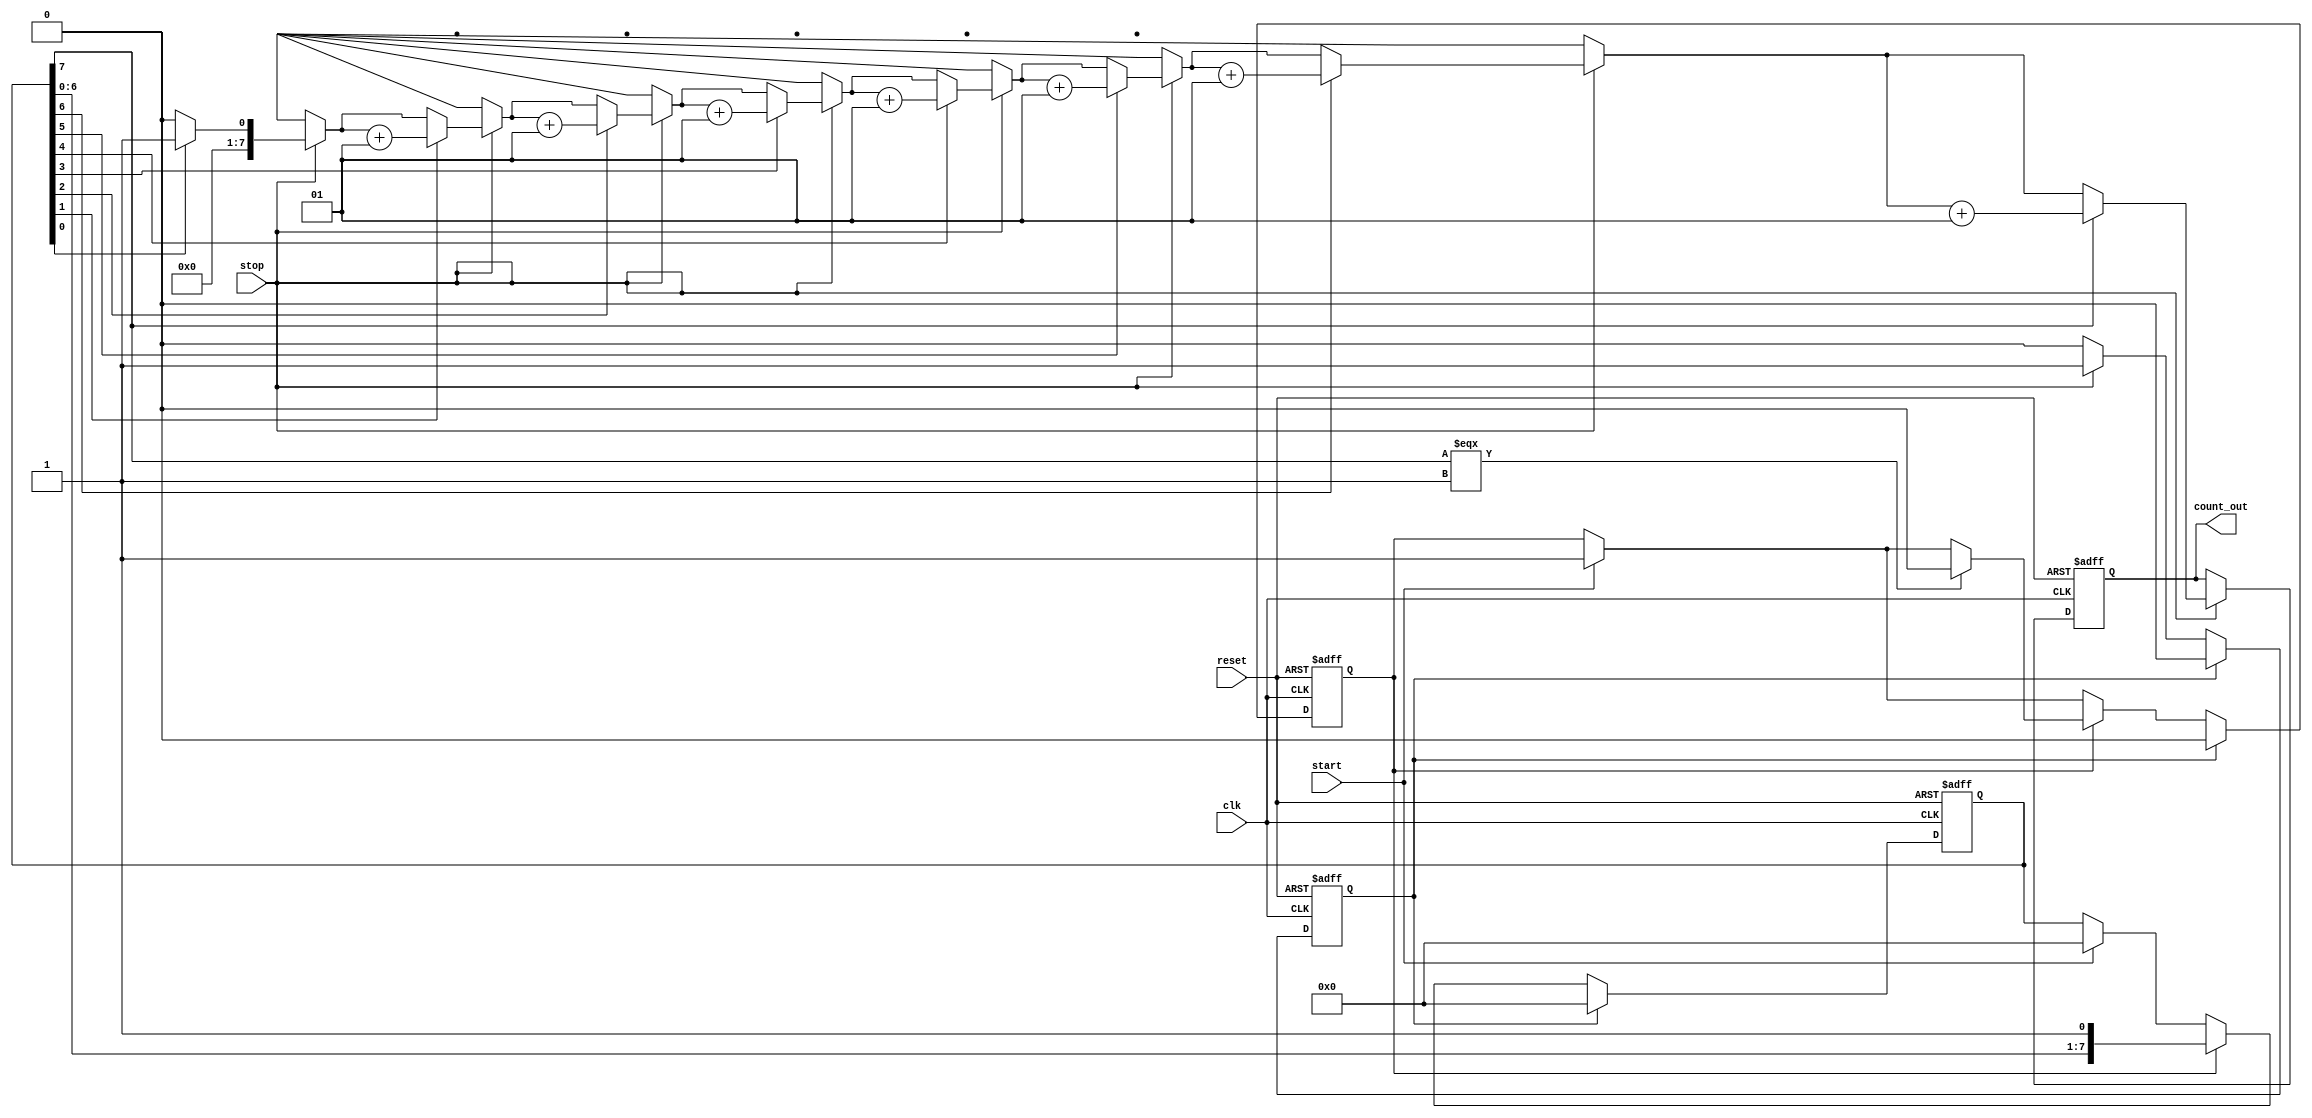
module TDC (
    input wire clk,              // System clock
    input wire reset,            // Reset signal
    input wire start,            // Start signal
    input wire stop,             // Stop signal
    output reg [N-1:0] count_out // Counter output
);

parameter N = 8;                // Number of delay stages (Resolution)
parameter DELAY_TIME = 10;      // Simulation delay time for each stage (in ns)

// Delay line arrays
reg [N-1:0] delay_line;
reg [N-1:0] active_delay_line;
reg start_triggered;
reg stop_triggered;

// Main counter logic
always @(posedge clk or posedge reset) begin
    if (reset) begin
        count_out <= 0;
        delay_line <= 0;
        active_delay_line <= 0;
        start_triggered <= 0;
        stop_triggered <= 0;
    end else begin
        // Set delay line upon start signal
        if (start) begin
            start_triggered <= 1;
            delay_line <= 0; // Reset delay line
        end
        
        // Propagate through delay line (simulated)
        if (start_triggered) begin
            delay_line <= {delay_line[N-2:0], 1'b1}; // Shift in a 1
            if (delay_line[N-1] === 1'b1) begin
                // Stop further shifting if full
                start_triggered <= 0;
            end
        end
        
        // Count active stages on stop signal
        if (stop) begin
            stop_triggered <= 1;
            // Count the number of active levels in the delay line
            count_out <= $countactive(delay_line);
        end
        
        // Reset counter and delay line after counting
        if (stop_triggered) begin
            start_triggered <= 0;
            stop_triggered <= 0;
            delay_line <= 0; // Clear delay line for next measurement
        end
    end
end

// Function to count active stages in the delay line
function integer $countactive;
    input [N-1:0] line;
    integer i, count;
    begin
        count = 0;
        for (i = 0; i < N; i = i + 1) begin
            if (line[i] == 1'b1) count = count + 1;
        end
        $countactive = count;
    end
endfunction

endmodule